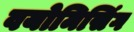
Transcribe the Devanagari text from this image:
वयोमिसिंग